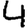
Digit: 4